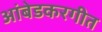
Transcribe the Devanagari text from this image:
आंबेडकरगीत